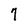
Character: 7